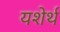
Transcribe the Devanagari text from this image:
यशेर्थ